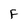
Character: F